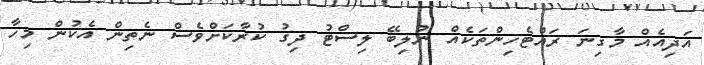
އަދިއެއް މާގިނަ ރައްޓެހިންތަކެއް ނުލިބޭ ލިސްޓު ދިގު ކުރާކަށްވެސް ނެތިން އެކުން މިހާ